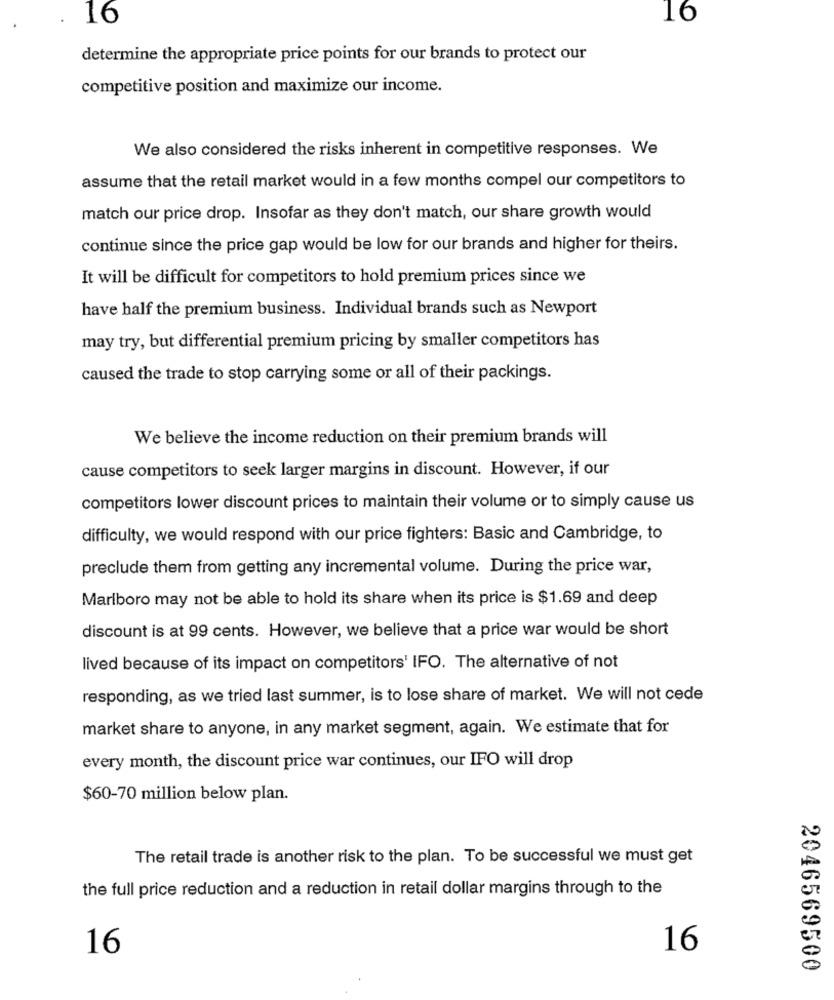
16
16
determine the appropriate price points for our brands to protect our
competitive position and maximize our income.
We also considered the risks inherent in competitive responses. We
assume that the retail market would in a few months compel our competitors to
match our price drop. Insofar as they don't match, our share growth would
continue since the price gap would be low for our brands and higher for theirs.
It will be difficult for competitors to hold premium prices since we
have half the premium business. Individual brands such as Newport
may try, but differential premium pricing by smaller competitors has
caused the trade to stop carrying some or all of their packings.
We believe the income reduction on their premium brands will
cause competitors to seek larger margins in discount. However, if our
competitors lower discount prices to maintain their volume or to simply cause us
difficulty, we would respond with our price fighters: Basic and Cambridge, to
preclude them from getting any incremental volume. During the price war,
Marlboro may not be able to hold its share when its price is $1.69 and deep
discount is at 99 cents. However, we believe that a price war would be short
lived because of its impact on competitors' IFO. The alternative of not
responding, as we tried last summer, is to lose share of market. We will not cede
market share to anyone, in any market segment, again. We estimate that for
every month, the discount price war continues, our IFO will drop
$60-70 million below plan.
The retail trade is another risk to the plan. To be successful we must get
the full price reduction and a reduction in retail dollar margins through to the
16
16
2046569500